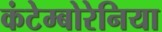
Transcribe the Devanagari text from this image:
कंटेम्बोरेनिया